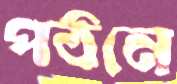
পঠনে